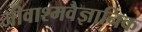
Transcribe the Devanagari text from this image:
जीवाश्मवैज्ञानिक